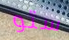
ستو